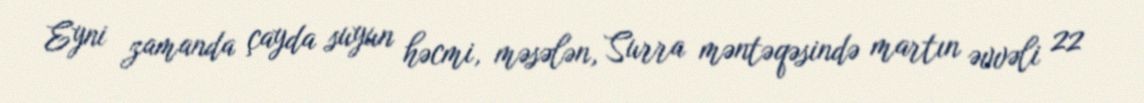
Eyni zamanda çayda suyun həcmi, məsələn, Surra məntəqəsində martın əvvəli 22